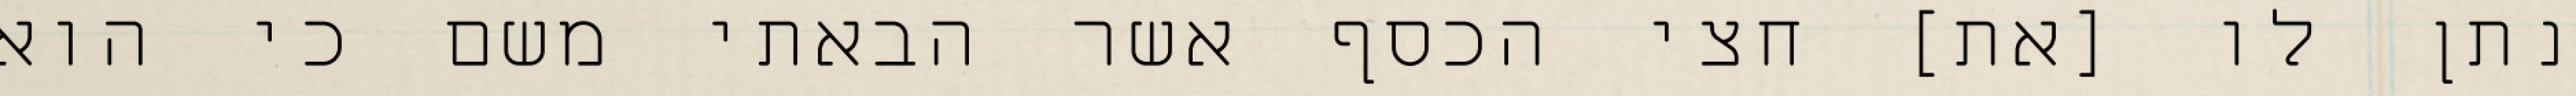
נתן לו [את] חצי הכסף אשר הבאתי משם כי הוא